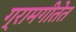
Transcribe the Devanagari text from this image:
ग्रामगीतेत